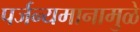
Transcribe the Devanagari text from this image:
पर्जन्यमानामुळे